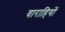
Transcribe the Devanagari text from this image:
वाराहियों